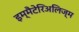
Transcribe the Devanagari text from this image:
इम्मैटेरिअलिज्म